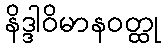
နိဒ္ဒါဝိမာနဝတ္ထု